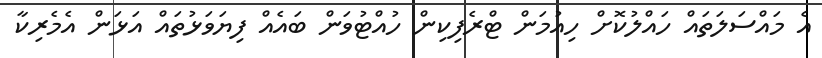
އެ މައްސަލަތައް ހައްލުކޮށް ހިއުމަން ޓްރެފިކިން ހުއްޓުވަން ބައެއް ފިޔަވަޅުތައް އަޅަން އެމެރިކާ